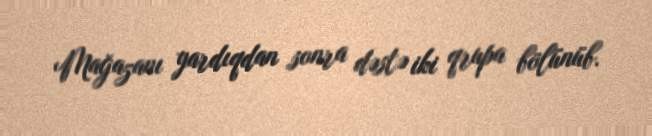
Mağazanı yardıqdan sonra dəstə iki qrupa bölünüb.